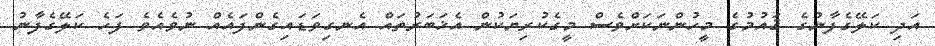
އަދި ކަލޭގެފާނުގެ ޤައުމުގެ މީހުންނަކަށްވެސް މީގެކުރިޔަކުން އެޚަބަރުތައް އެނގިވަޑައިގެންފައެއް ނުވެއެވެ ފަހެ ކަލޭގެފާނު